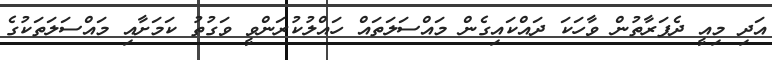
އަދި މިއީ ދެފަރާތުން ވާހަކަ ދައްކައިގެން މައްސަލަތައް ހައްލުކުރަންވީ ވަގުތު ކަމަށާއި މައްސަލަތަކުގެ